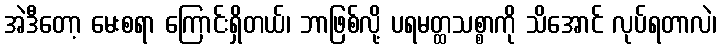
အဲဒီတော့ မေးစရာ ကြောင်းရှိတယ်၊ ဘာဖြစ်လို့ ပရမတ္ထသစ္စာကို သိအောင် လုပ်ရတာလဲ၊